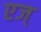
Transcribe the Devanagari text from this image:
एज्